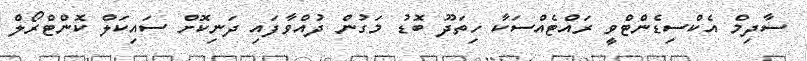
ސާދިމް އެކްސިޑެންޓްވީ ރައްޓެއްސަކާ ހިތަދޫ ބޮޑު މަގުން ދުއްވާފައި ދަނިކޮށް ސައިކަލް ކޮންޓްރޯލް